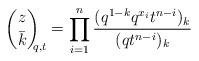
LaTeX: \begin{align*}\binom{z}{\bar k}_{\!\!\!q,t} =\prod_{i=1}^n \dfrac{ (q^{1-k} q^{x_i}t^{n-i} )_k } { (qt^{n-i} )_{k}} \end{align*}